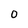
Character: 0